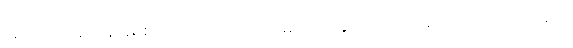
အကယ်၍ ယေရှု ခရစ်တော်အား အသိအမှတ်မပြုခဲ့လျှင် ဤကျမ်းပိုဒ်ကို အလေးနက်